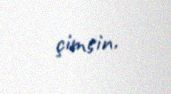
çimsin.